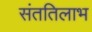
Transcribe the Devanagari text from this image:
संततिलाभ